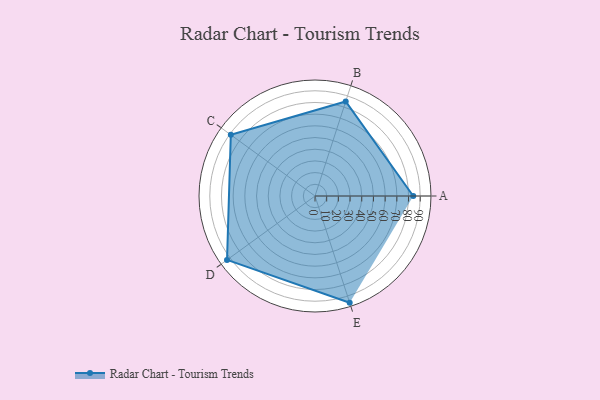
{"axis": {"x": "Skill", "y": "Score"}, "legend": ["Profile"], "data": [{"x": "A", "y": 84.0, "type": "Profile"}, {"x": "B", "y": 85.0, "type": "Profile"}, {"x": "C", "y": 89.0, "type": "Profile"}, {"x": "D", "y": 93.0, "type": "Profile"}, {"x": "E", "y": 96.0, "type": "Profile"}]}